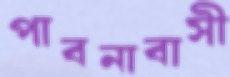
পাবনাবাসী